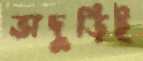
ভাদুড়িই